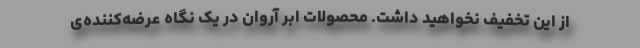
از این تخفیف نخواهید داشت. محصولات ابر آروان در یک نگاه عرضه‌کننده‌ی